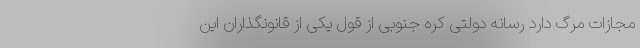
مجازات مرگ دارد رسانه دولتی کره جنوبی از قول یکی از قانونگذاران این